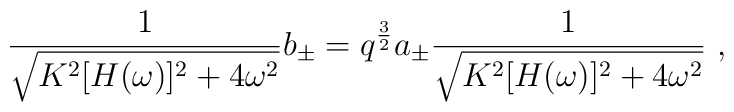
{1\over\sqrt{K^2[H(\omega)]^2+4\omega^2}}b_\pm=q^{3\over2} a_\pm{1\over\sqrt{K^2[H(\omega)]^2+4\omega^2}}\ ,